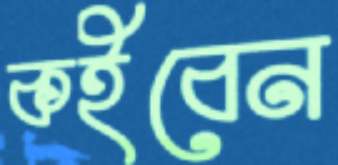
কইবেন